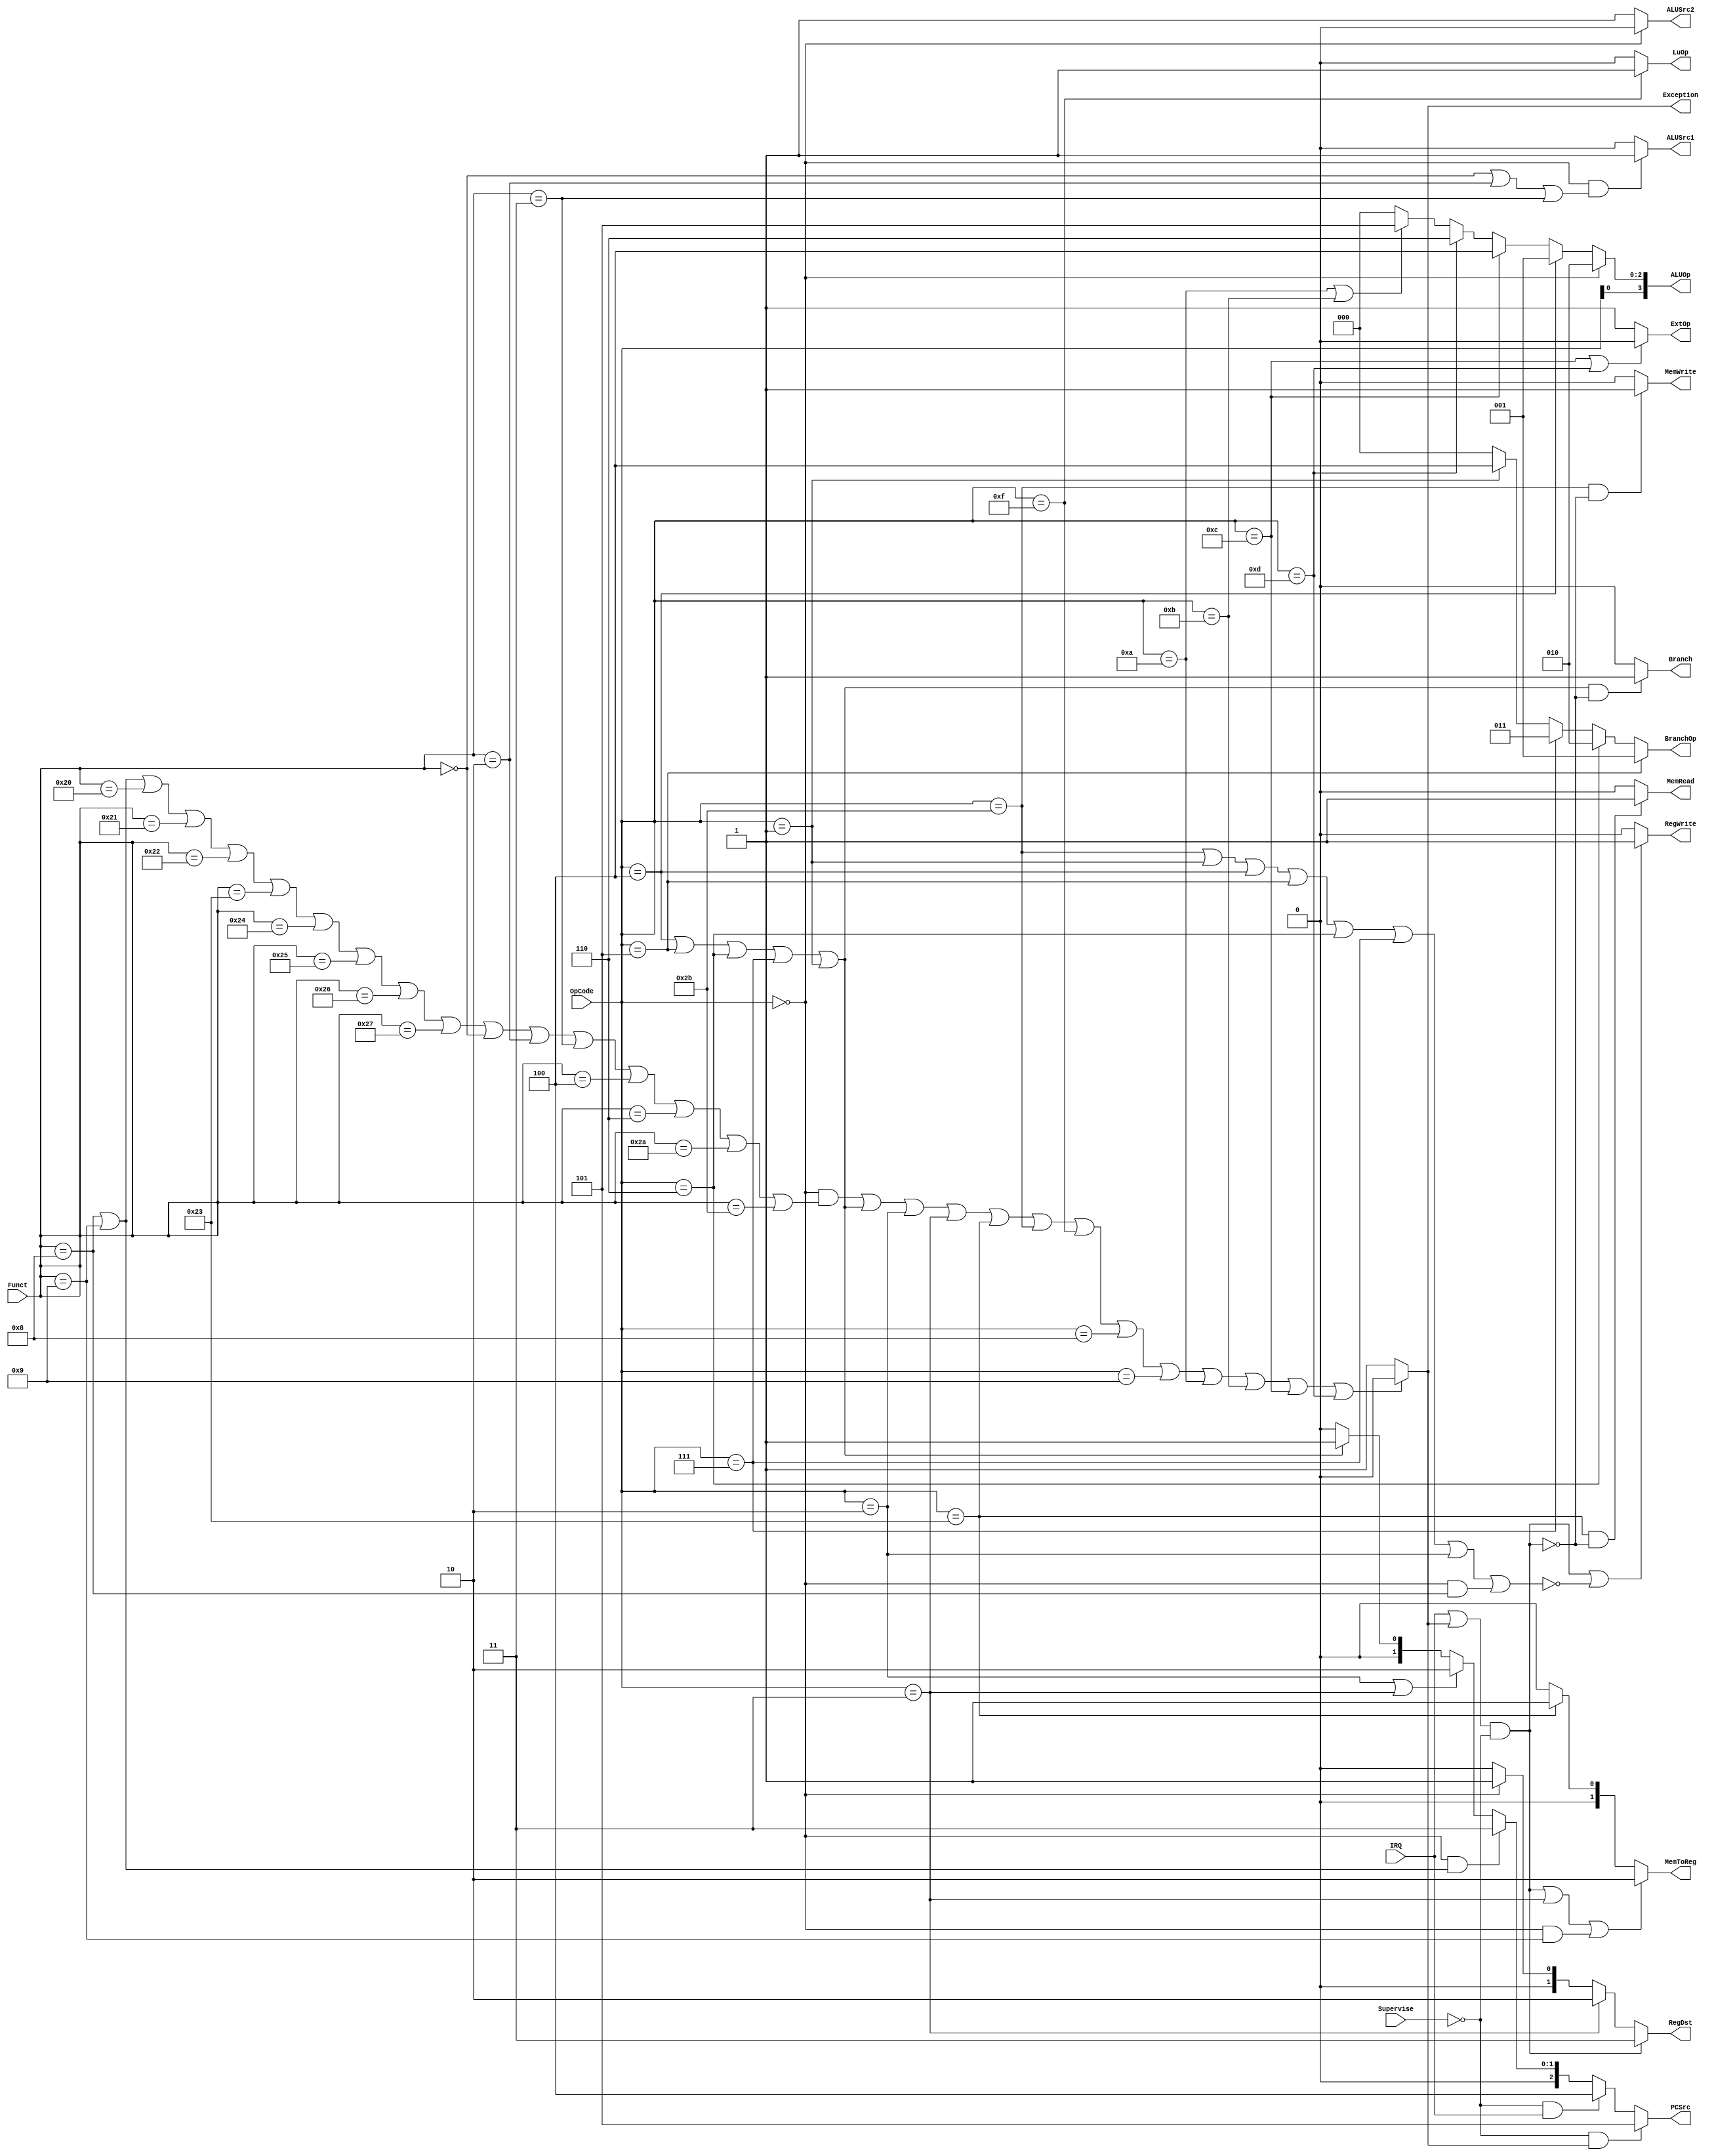

module Control(
	input Supervise,
	input [5:0] OpCode,
	input [5:0] Funct,
    input IRQ,
	output Branch,
	output [2:0] BranchOp,
	output [2:0] PCSrc,
	output RegWrite,
	output [1:0] RegDst,
	output MemRead,
	output MemWrite,
	output [1:0] MemToReg,
	output ALUSrc1,
	output ALUSrc2,
	output ExtOp,
	output LuOp,
	output [3:0] ALUOp,
    output Exception
);

assign Branch = ((OpCode == 6'h04 || OpCode == 6'h05 || OpCode == 6'h06 || OpCode == 6'h07 || OpCode == 6'h01) && ~((IRQ || Exception) && ~Supervise))?1'b1:1'b0;
assign BranchOp = (OpCode == 6'h05)?3'b001:
	(OpCode == 6'h06)?3'b010:
	(OpCode == 6'h07)?3'b011:
	(OpCode == 6'h01)?3'b100:
	3'b000;
assign Exception = ((OpCode == 6'h00 && (Funct == 6'h08 ||
Funct == 6'h09 || Funct == 6'h20 || Funct == 6'h21 || Funct == 6'h22 || Funct == 6'h23 ||
Funct == 6'h24 || Funct == 6'h25 || Funct == 6'h26 || Funct == 6'h27 || Funct == 6'h0 ||
Funct == 6'h02 || Funct == 6'h03 || Funct == 6'h04 || Funct == 6'h06 || Funct == 6'h2a || Funct == 6'h2b)) ||
(OpCode == 6'h04 || OpCode == 6'h05 || OpCode == 6'h06 || OpCode == 6'h07 || OpCode == 6'h01) ||
OpCode == 6'h02 || OpCode == 6'h03 || OpCode == 6'h23 || OpCode == 6'h2b || OpCode == 6'h0f || OpCode == 6'h08 || OpCode == 6'h09 || 
OpCode == 6'h0a || OpCode == 6'h0b || OpCode == 6'h0c || OpCode == 6'h0d)?1'b0:1'b1;
assign PCSrc[2:0] = 
	( ~Supervise && Exception)?3'b101:
	( ~Supervise && IRQ)?3'b100:
	(OpCode == 6'h00 && (Funct == 6'h08 || Funct == 6'h09))?3'b011:	//jr jalr
	(OpCode == 6'h02 || OpCode == 6'h03)?3'b010:		//j jal
	(OpCode == 6'h04 || OpCode == 6'h05 || OpCode == 6'h06 || OpCode == 6'h07 || OpCode == 6'h01)?3'b001:	//branch
	3'b000;
assign RegWrite = (((IRQ || Exception) && ~Supervise) || ~(OpCode == 6'h2b || OpCode == 6'h01 || OpCode == 6'h04 || OpCode == 6'h05 || OpCode == 6'h06 || OpCode == 6'h07 || OpCode == 6'h02 ||(OpCode == 6'h00 && Funct == 6'h08)))?1'b1:1'b0;
// RegDst 2'b 11  IRQ  exception, 2'b10  jal, 2'b00  rt, 2'b01  rd
assign RegDst[1:0] = ((IRQ || Exception) && ~Supervise)?2'b11:(OpCode == 6'h03)?2'b10: (OpCode == 6'h0)?2'b01:2'b00;
assign MemRead = (OpCode == 6'h23 && ~((IRQ || Exception) && ~Supervise))?1'b1:1'b0;
assign MemWrite = (OpCode == 6'h2b && ~((IRQ || Exception) && ~Supervise))?1'b1:1'b0;
// MemToReg 2'b10  pc, 2'b01  mem.out, 2'b0  alu.out
assign MemToReg[1:0] = (((IRQ || Exception) && ~Supervise) || OpCode == 6'h03 || (OpCode == 6'h00 && Funct == 6'h09))?2'b10: (OpCode == 6'h23)?2'b01:2'b00;
assign ALUSrc1 = (OpCode == 6'h00 && (Funct == 6'h00 || Funct == 6'h02  || Funct == 6'h03 ))? 1'b1:1'b0;
assign ALUSrc2 = (OpCode == 6'h00)?1'b0:1'b1;
assign ExtOp = (OpCode == 6'h0c || OpCode == 6'h0d)?1'b0:1'b1;
assign LuOp = (OpCode == 6'h0f)?1'b1:1'b0;

assign ALUOp[2:0] = 
	(OpCode == 6'h00)? 3'b010: 
	(OpCode == 6'h04)? 3'b001: 
	(OpCode == 6'h0c)? 3'b100: 
	(OpCode == 6'h0d)? 3'b110:
	(OpCode == 6'h0a || OpCode == 6'h0b)? 3'b101: 
	3'b000;

assign ALUOp[3] = OpCode[0];

endmodule